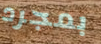
بمجرد